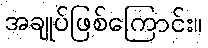
အချုပ်ဖြစ်ကြောင်း။